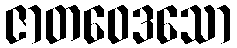
ဇာတဝေဒသော